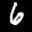
Label: 6